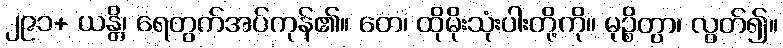
၂၉၁+ ယန္တိ၊ ရေတွက်အပ်ကုန်၏။ တေ၊ ထိုမိုးသုံးပါးတို့ကို။ မုဉ္စိတွာ၊ လွတ်၍။